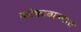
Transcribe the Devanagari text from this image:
फोफावाल्यास